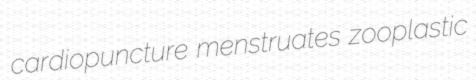
cardiopuncture menstruates zooplastic